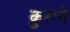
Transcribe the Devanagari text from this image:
कुराने